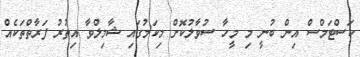
ކަސްޓަމްސް އިން ބުނީ މި މީހާ ސުވާލުކޮށް މިކަމުގައި ޝާމިލްވާ އިތުރު ފަރާތްތަކެއް